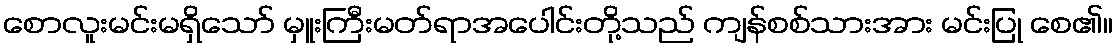
စောလူးမင်းမရှိသော် မှူးကြီးမတ်ရာအပေါင်းတို့သည် ကျန်စစ်သားအား မင်းပြု စေ၏။